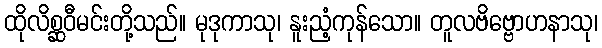
ထိုလိစ္ဆဝီမင်းတို့သည်။ မုဒုကာသု၊ နူးညံ့ကုန်သော။ တူလဗိဗ္ဗောဟနာသု၊